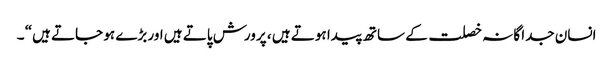
انسان جدا گانہ خصلت کے ساتھ پیدا ہوتے ہیں ، پرورش پاتے ہیں اور بڑے ہو جاتے ہیں“ ۔